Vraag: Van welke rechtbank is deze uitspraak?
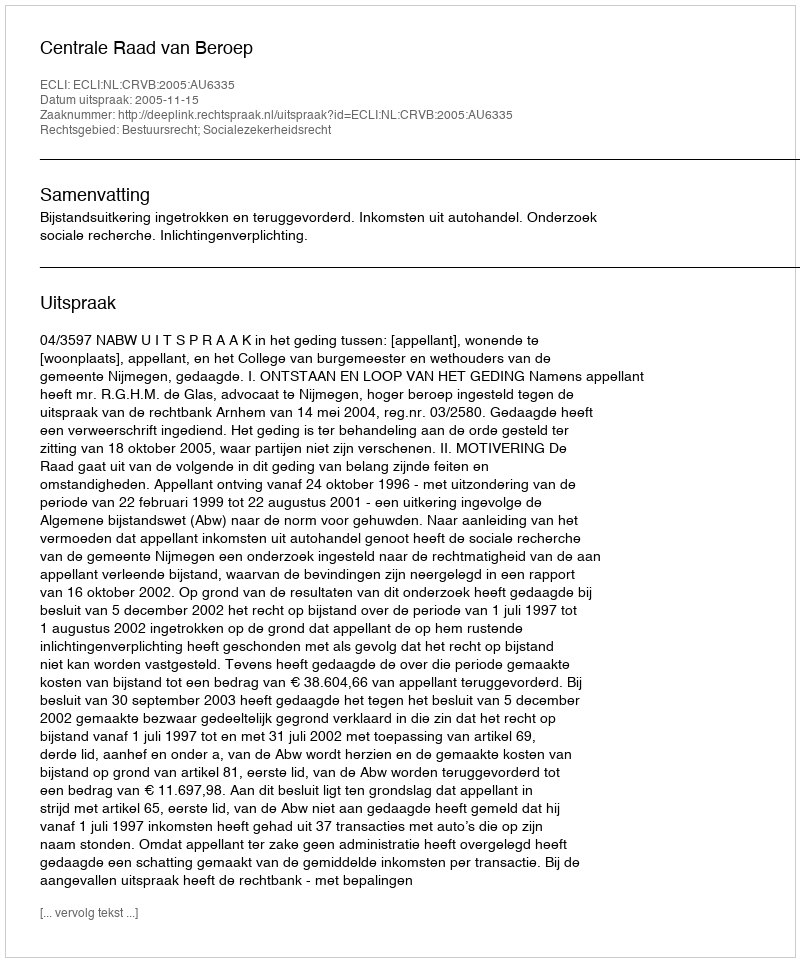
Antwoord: Centrale Raad van Beroep